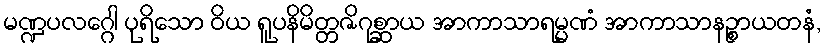
မဏ္ဍပလဂ္ဂေါ ပုရိသော ဝိယ ရူပနိမိတ္တဇိဂုစ္ဆာယ အာကာသာရမ္မဏံ အာကာသာနဉ္စာယတနံ,